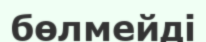
бөлмейді